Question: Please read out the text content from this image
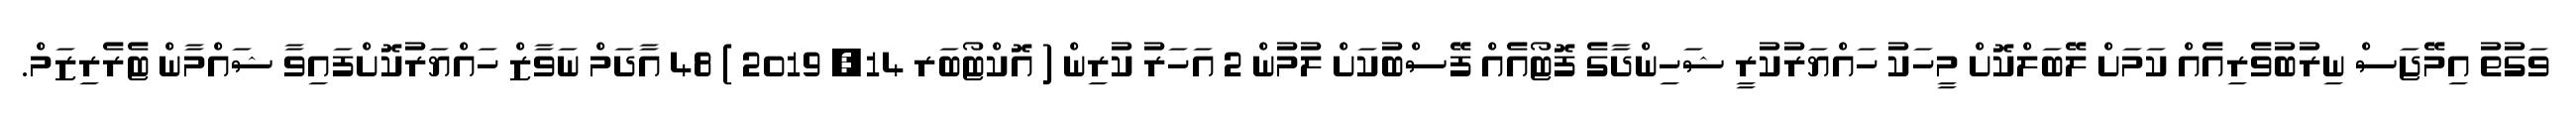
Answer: ވަގުތު އިމޭޖަސް ނިރުބުވެރިއެއް ކަމަށް ލޭބަލްކޮށް މީހަކު ހައްޔަރުކުރީ ޝަހިންދާގެ ފޮޓޯއެއް ފޭސްބުކަށް ލުމުން 2 އަހަރު ކުރިން ( އޮކްޓޯބަރ 14, 2019 ) 48 އާދަމް ނަވާޒް ހައްޔަރުކޮށްފައިވާ ޝައްމާން ޓެރެރިޒަމް.